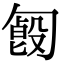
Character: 𠣿